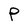
Character: P